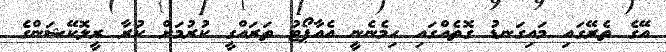
އޭގެ ތެރޭގައި މައިގަނޑު ގޮތެއްގައި ހިމެނެނީ އެއާޕޯޓު ތަރައްގީ ކުރުމަށް ކުރާ ރީލޮކޭޝަންގެ